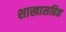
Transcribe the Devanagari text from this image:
शाखासहित